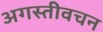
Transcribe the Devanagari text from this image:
अगस्तीवचन